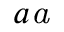
^ { a } \footnote { C o r r e s p o n d i n g a u t h o r . T e l : ~ + 8 6 - 1 0 8 8 2 3 6 0 9 5 . E - m a i l a d d r e s s : t a n g q u a n 5 2 8 @ s i n a . c o m ( Q . ~ T a n g ) . }